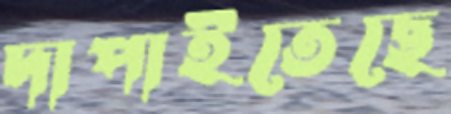
দাপাইতেছে